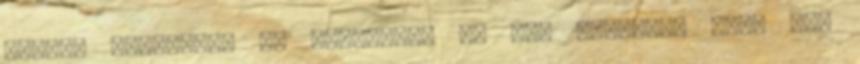
többen fordultak és fordulnak is meg olyanok, akik nem